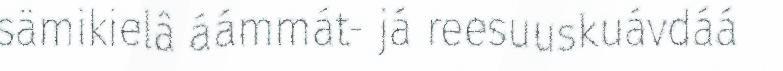
sämikielâ áámmát- já reesuuskuávdáá